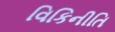
વિકિનીતિ